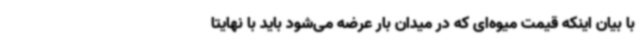
با بیان اینکه قیمت میوه‌ای که در میدان بار عرضه می‌شود باید با نهایتا